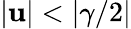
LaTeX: |\mathbf{u}|<|\gamma/2|